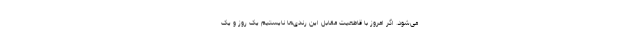
می‌شود. اگر امروز با قاطعیت مقابل این رندی‌ها نایستیم یک روز و یک